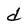
Character: d